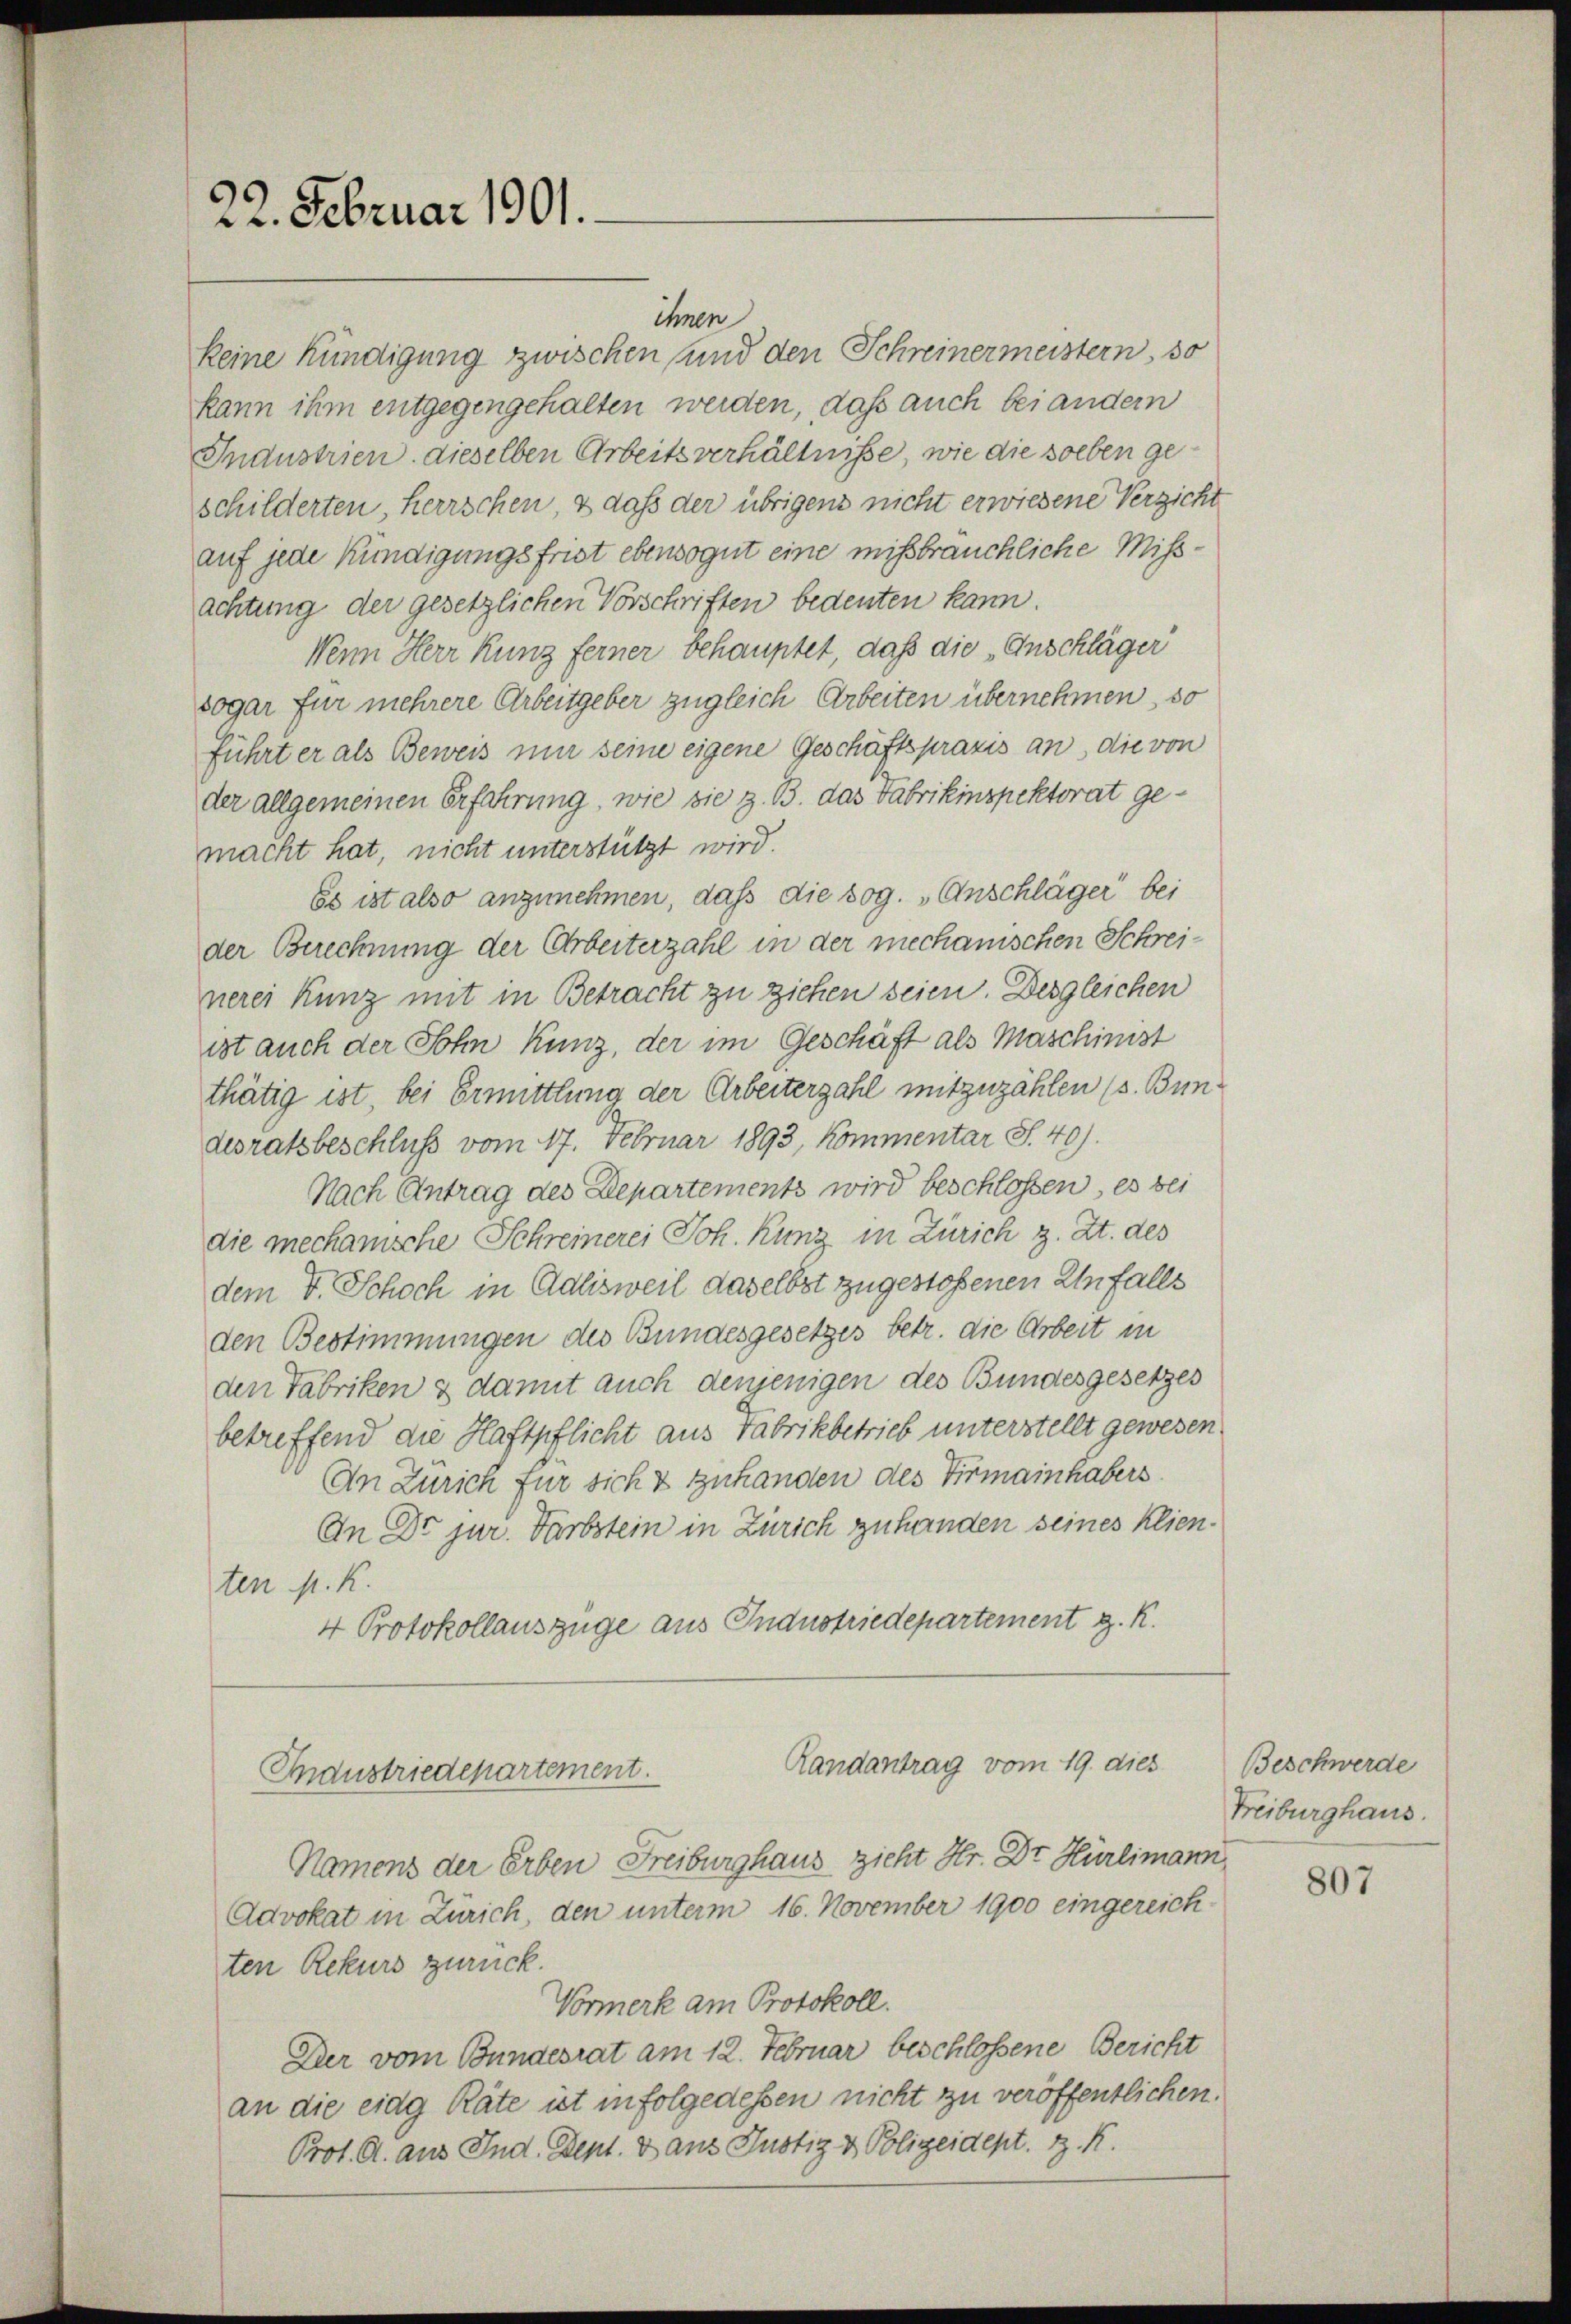
22. Februar 1901.

ihnen
keine kündigung zwischen und den Schreinermeistern, so
kann ihm entgegengehalten werden, daß auch bei andern
Industrien dieselben Arbeitsverhältnisse, wie die sollen geschilderten, Herrschen, & daß der übrigens nicht erwiesene Verzicht
auf jede Kündigungsfrist ebensogut eine mißbräuchliche Mißachtung der gesetzlichen Vorschriften bedeuten kann.
Wenn Herr Kunz ferner behauptet, daß die „Anschläger
sogar für mehrere Arbeitgeber zugleich Arbeiten übernehmen, so
führt er als Beweis mir seine eigene Geschäftspraxis an, die von
der allgemeinen Erfahrung, wie sie z. B. das Fabrikinspektorat gemacht hat, nicht unterstützt wird.
Es ist also anzunehmen, daß die sog. Anschläger bei
der Berechnung der Arbeiterzahl in der mechanischen Schreinerei Kunz mit in Betracht zu ziehen seien. Desgleichen
ist auch der Sohn Kunz, der im Geschäft als Maschinist
thätig ist, bei Ermittlung der Arbeiterzahl mitzuzählen (s. Bundesratsbeschluss vom 17. Februar 1893, kommentar S. 40).
Nach Antrag des Departements wird beschlossen, es bei
die mechanische Schreinerei Joh. Kunz in Zürich z. Zt. des
dem V. Schoch in Adlisweil daselbst zugestoßenen Unfalls
den Bestimmungen des Bundesgesetzes betr. die Arbeit in
den Fabriken & damit auch denjenigen des Bundesgesetzes
betreffend die Haftpflicht aus Fabrikbetrieb unterstellt gewesen.
An Zürich für sich & zuhanden des Virmainhabers
An Dr jur. Farbstein in Zürich zu handen seines Klienten N. K.
4 Protokollauszüge aus Industriedepartement z. K.

Advokat in Zürich, den unterm 16. November 1900 eingereich-
ten Rekurs zurück.
Vormerk am Protokoll.
Der vom Bundesrat am 12. Februar beschlossene Bericht
an die eidg Räte ist infolgedessen nicht zu veröffentlichen.
Prot. A. aus Ind. Sept. Dans Justiz & Polizeidept. z. K.

Randantrag vom 19. dies
Industriedepartement.

Namens der Erben Freiburghaus zieht Hr. Dr. Hürlimann,

Beschwerde
Freiburghaus.

807